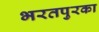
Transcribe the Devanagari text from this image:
भरतपुरका